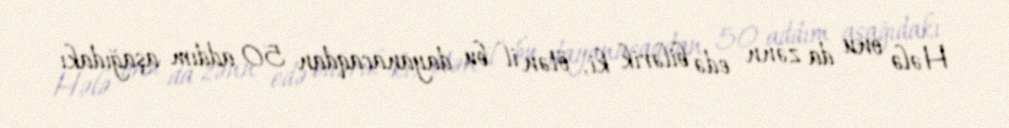
Hələ onu da zənn edə bilərik ki, ötən il bu dayanacaqdan 50 addım aşağıdakı